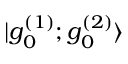
| g _ { 0 } ^ { ( 1 ) } ; g _ { 0 } ^ { ( 2 ) } \rangle